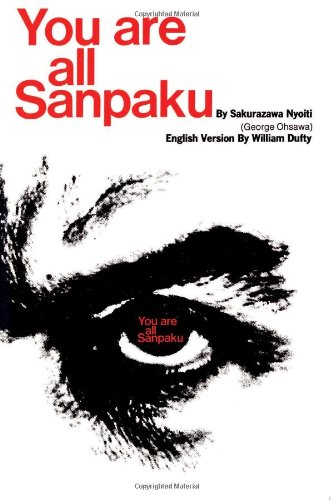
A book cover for You Are All Sanpaku; Sakurazawa Nyoiti; Health, Fitness & Dieting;